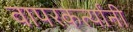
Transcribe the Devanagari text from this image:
वापरकर्त्यांनी